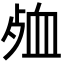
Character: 𮕞